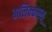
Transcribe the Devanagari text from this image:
बालिक्कल्लू